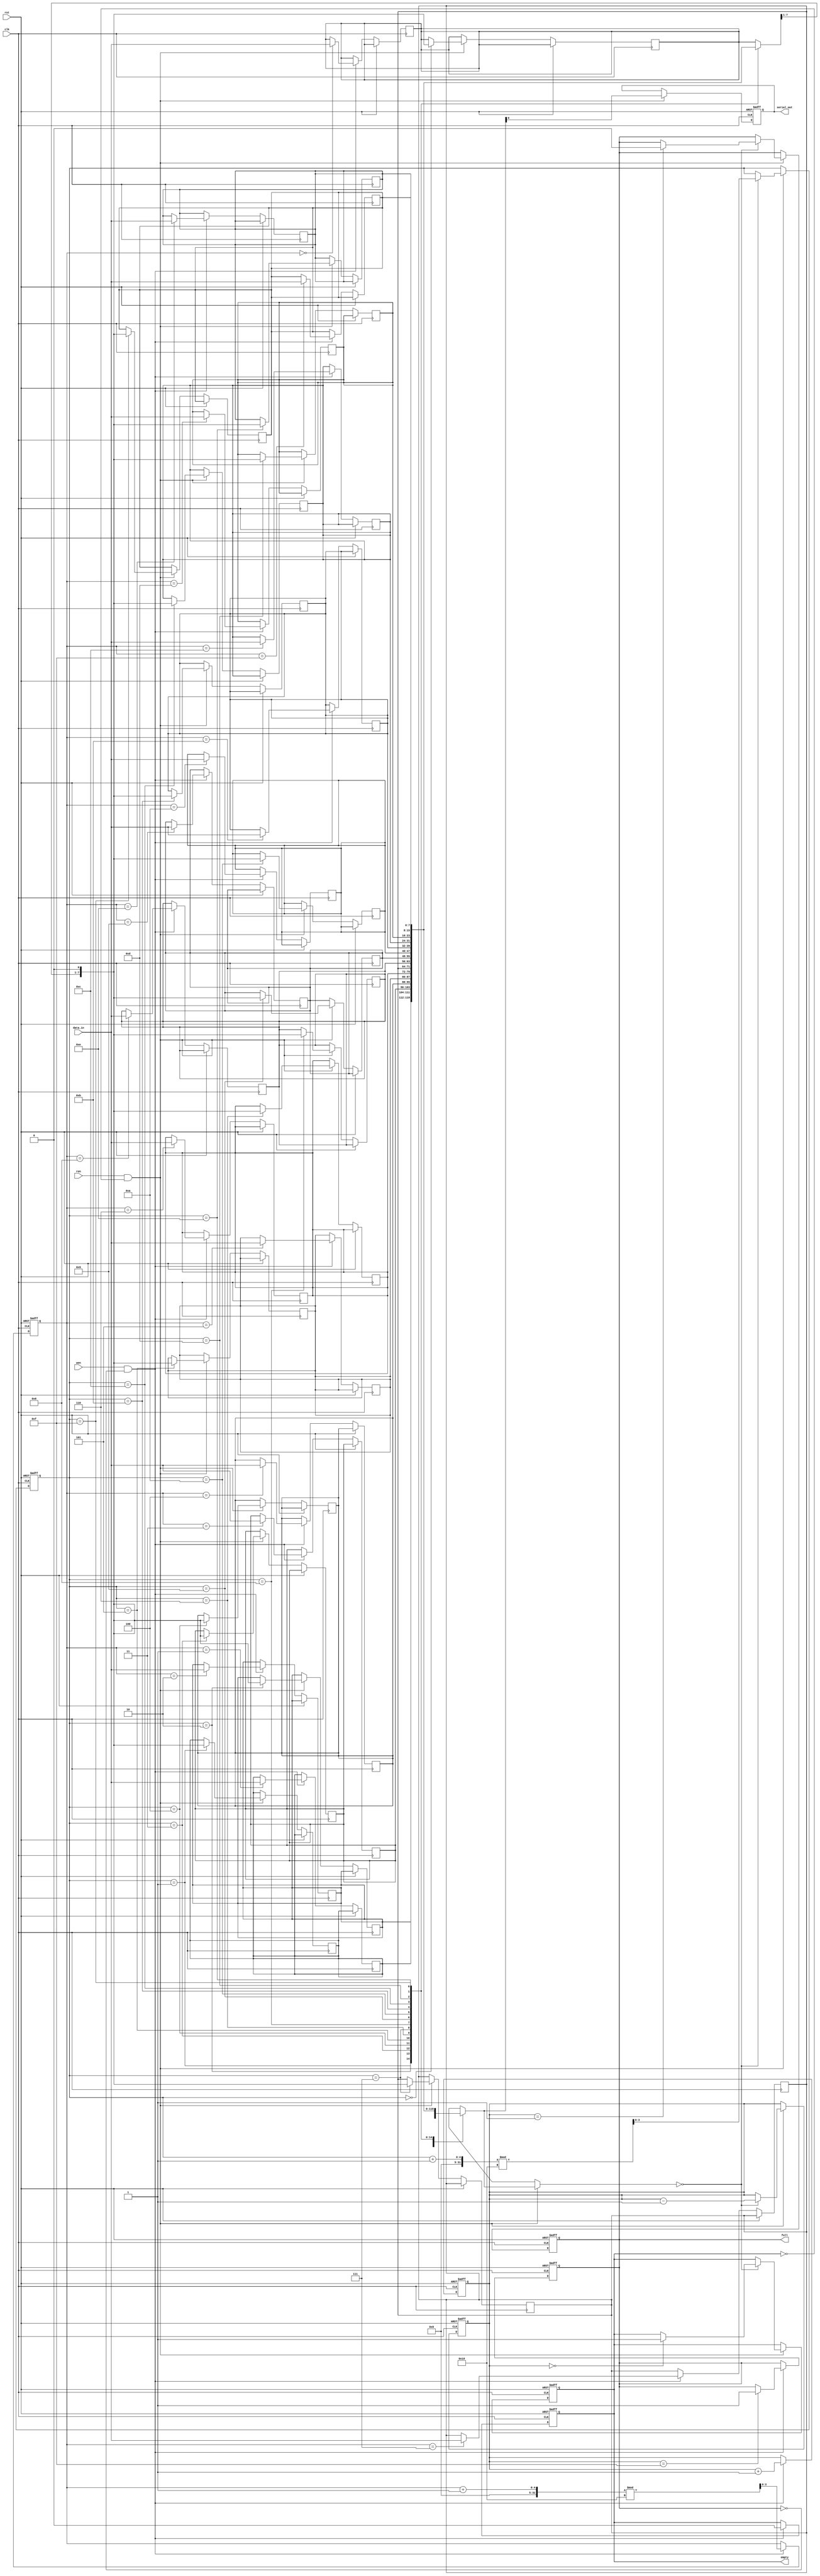
module fifo_piso #(
    parameter DATA_WIDTH = 8,  // Number of bits in parallel input
    parameter FIFO_DEPTH = 16   // Depth of the FIFO
)(
    input wire clk,              // Clock signal
    input wire rst,              // Reset signal
    input wire wen,              // Write Enable
    input wire ren,              // Read Enable
    input wire [DATA_WIDTH-1:0] data_in,  // Parallel Data Input
    output reg serial_out,       // Serial Data Output
    output reg full,             // FIFO Full Indicator
    output reg empty             // FIFO Empty Indicator
);

    // Internal storage: FIFO array
    reg [DATA_WIDTH-1:0] fifo_array [0:FIFO_DEPTH-1];

    // Internal pointers
    reg [$clog2(FIFO_DEPTH)-1:0] write_ptr; // Write pointer
    reg [$clog2(FIFO_DEPTH)-1:0] read_ptr;  // Read pointer
    reg [FIFO_DEPTH-1:0] count; // Number of entries in FIFO

    // Initialize
    initial begin
        write_ptr = 0;
        read_ptr = 0;
        count = 0;
        full = 0;
        empty = 1;
        serial_out = 0;
    end

    // Write Operation
    always @(posedge clk or posedge rst) begin
        if (rst) begin
            write_ptr <= 0;
            count <= 0;
            full <= 0;
            empty <= 1;
        end else if (wen && !full) begin
            fifo_array[write_ptr] <= data_in; // Load data in FIFO
            write_ptr <= (write_ptr + 1) % FIFO_DEPTH; // Increment write pointer
            count <= count + 1; // Increase count
            empty <= 0; // FIFO is not empty
            if (count == FIFO_DEPTH - 1) full <= 1; // Check if FIFO is full
        end
    end

    // Read Operation
    always @(posedge clk or posedge rst) begin
        if (rst) begin
            read_ptr <= 0;
            count <= 0;
            full <= 0;
            empty <= 1;
            serial_out <= 0;
        end else if (ren && !empty) begin
            serial_out <= fifo_array[read_ptr][0]; // Output the least significant bit
            fifo_array[read_ptr] <= {fifo_array[read_ptr][DATA_WIDTH-1:1], 1'b0}; // Shift data left
            if (fifo_array[read_ptr] == 0) begin // Check if this entry is now empty
                read_ptr <= (read_ptr + 1) % FIFO_DEPTH; // Increment read pointer
                count <= count - 1; // Decrease count
                if (count == 1) full <= 0; // Reset full if necessary
                if (count == 0) empty <= 1; // Set empty when no more data
            end
        end
    end

endmodule